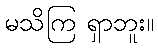
မသိကြ ရှာဘူး။